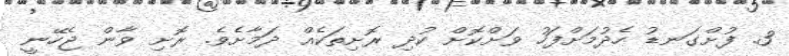
3. ފުށްގަނޑު ހެދުމަށްފަހު ވަށްކޮށް ކުދި ރޮށިތަކެއް ދަމާށެވެ. ރޮށި ވާން ޖެހޭނީ